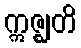
ဣဇ္ဈတိ